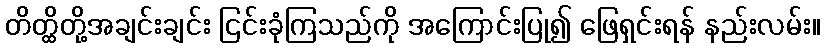
တိတ္ထိတို့အချင်းချင်း ငြင်းခုံကြသည်ကို အကြောင်းပြု၍ ဖြေရှင်းရန် နည်းလမ်း။